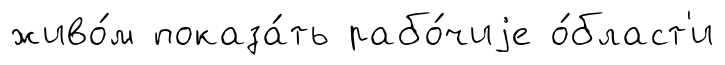
живо́м показа́ть рабо́чиjе о́бласт'и